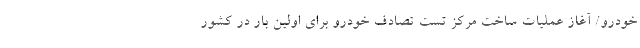
خودرو/ آغاز عملیات ساخت مرکز تست تصادف خودرو برای اولین بار در کشور